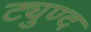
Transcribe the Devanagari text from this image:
ट्युण्द